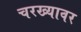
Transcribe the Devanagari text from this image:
चरख्यावर